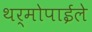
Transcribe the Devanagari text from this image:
थर्मोपाईले